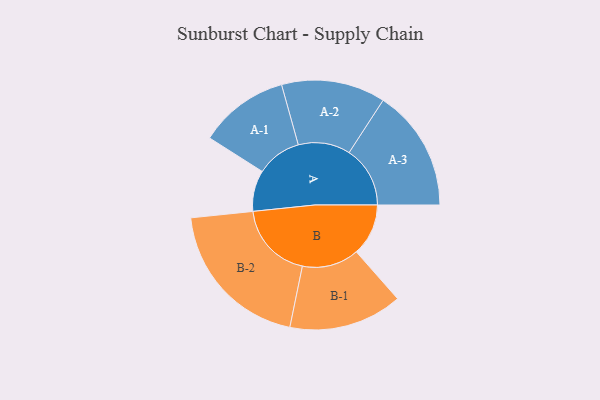
{"axis": {"x": "Segment", "y": "Value"}, "legend": ["", "A", "B"], "data": [{"x": "A", "y": 146, "type": ""}, {"x": "B", "y": 185, "type": ""}, {"x": "A-1", "y": 160, "type": "A"}, {"x": "A-2", "y": 185, "type": "A"}, {"x": "A-3", "y": 217, "type": "A"}, {"x": "B-1", "y": 202, "type": "B"}, {"x": "B-2", "y": 276, "type": "B"}]}